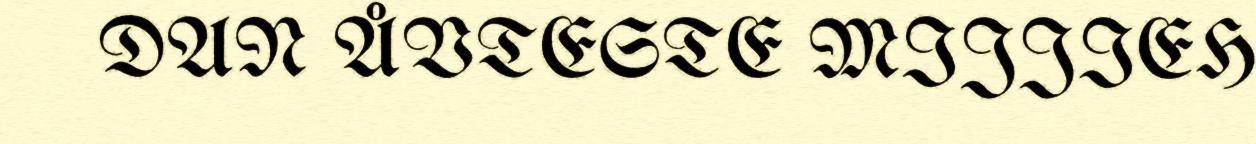
DAN ÅVTESTE MIJJIEH